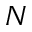
N